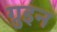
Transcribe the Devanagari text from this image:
ग्रुइन